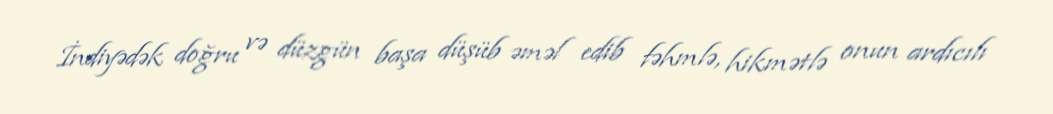
İndiyədək doğru və düzgün başa düşüb əməl edib fəhmlə, hikmətlə onun ardıcılı